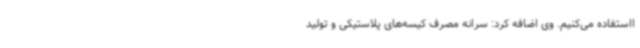
ااستفاده می‌کنیم. وی اضافه کرد: سرانه مصرف کیسه‌های پلاستیکی و تولید